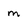
Character: m